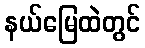
နယ်မြေထဲတွင်